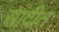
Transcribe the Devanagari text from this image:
सांदीत